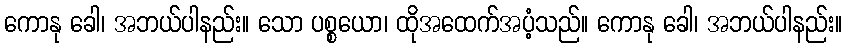
ကောနု ခေါ၊ အဘယ်ပါနည်း။ သော ပစ္စယော၊ ထိုအထေက်အပံ့သည်။ ကောနု ခေါ၊ အဘယ်ပါနည်း။